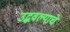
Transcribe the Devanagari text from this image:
उद्भवल्याचे